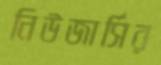
নিউজার্সির